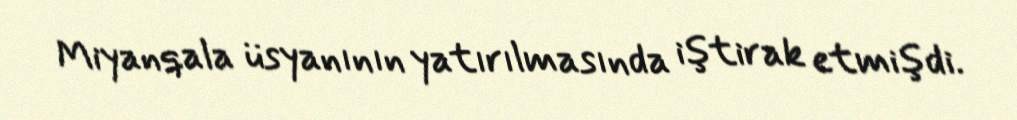
Miyanqala üsyanının yatırılmasında iştirak etmişdi.